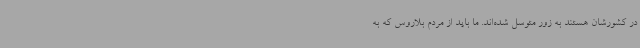
در کشورشان هستند به زور متوسل شده‌اند. ما باید از مردم بلاروس که به